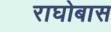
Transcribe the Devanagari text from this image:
राघोबास